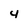
Character: 4